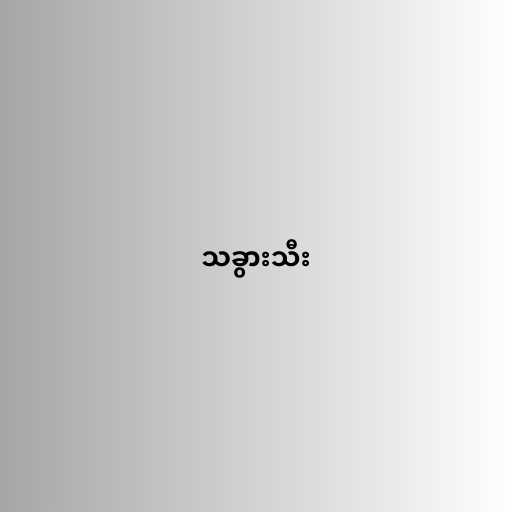
သခွားသီး